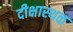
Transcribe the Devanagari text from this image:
दीक्षास्थळ